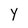
Character: y